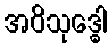
အဝိသုဒ္ဓေါ